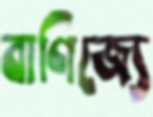
বাণিজ্যে